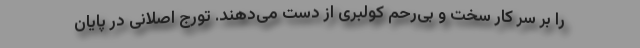
را بر سر کار سخت و بی‌رحم کولبری از دست می‌دهند. تورج اصلانی در پایان